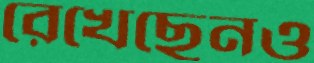
রেখেছেনও